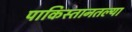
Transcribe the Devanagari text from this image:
पाकिस्तानतल्या